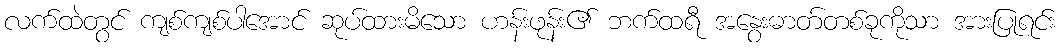
လက်ထဲတွင် ကျစ်ကျစ်ပါအောင် ဆုပ်ထားမိသော ဟန်းဖုန်း၏ ဘက်ထရီ အနွေးဓာတ်တစ်ခုကိုသာ အားပြုရင်း